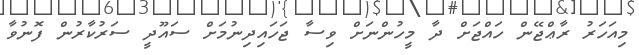
މިއަހަރު ރާޢްޖޭން ހައްޖަށް ދާ މީހުންނަށް ވިސާ ޖަހައިދިނުމަށް ސައޫދީ ސަރުކާރުން ފޮނުވާ